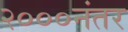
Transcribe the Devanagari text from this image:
२०००नंतर